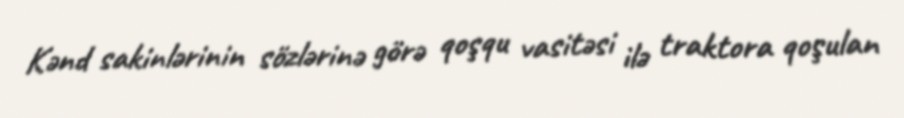
Kənd sakinlərinin sözlərinə görə qoşqu vasitəsi ilə traktora qoşulan